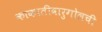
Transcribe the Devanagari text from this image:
काकातीवारुगोलची